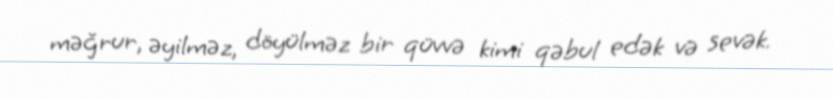
məğrur, əyilməz, döyülməz bir qüvvə kimi qəbul edək və sevək.